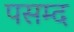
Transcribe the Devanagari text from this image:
पसम्द